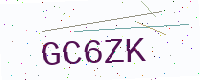
Text: GC6ZK